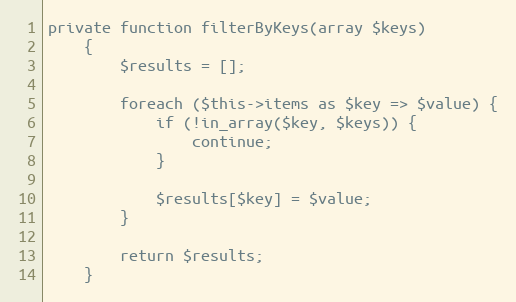
Language: PHP
private function filterByKeys(array $keys)
    {
        $results = [];

        foreach ($this->items as $key => $value) {
            if (!in_array($key, $keys)) {
                continue;
            }

            $results[$key] = $value;
        }

        return $results;
    }